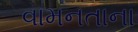
વામનતાના